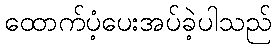
ထောက်ပံ့ပေးအပ်ခဲ့ပါသည်